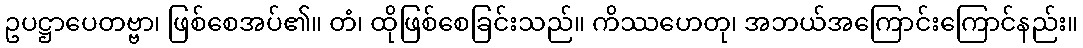
ဥပဋ္ဌာပေတဗ္ဗာ၊ ဖြစ်စေအပ်၏။ တံ၊ ထိုဖြစ်စေခြင်းသည်။ ကိဿဟေတု၊ အဘယ်အကြောင်းကြောင်နည်း။